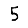
Digit: 5